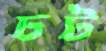
চট